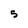
Character: S